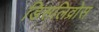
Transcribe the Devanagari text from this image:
डिसलिव्रोस